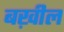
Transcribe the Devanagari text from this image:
बख़ील